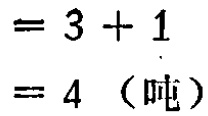
\[
\begin{align*}
&=3 + 1\\
&=4\ (\text{吨})
\end{align*}
\]